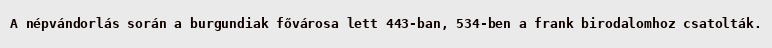
A népvándorlás során a burgundiak fővárosa lett 443-ban, 534-ben a frank birodalomhoz csatolták.